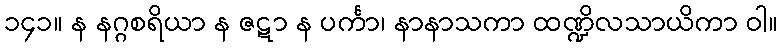
၁၄၁။ န နဂ္ဂစရိယာ န ဇဋာ န ပင်္ကာ၊ နာနာသကာ ထဏ္ဍိလသာယိကာ ဝါ။